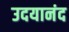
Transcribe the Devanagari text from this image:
उदयानंद